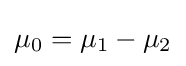
\mu _{0}=\mu _{1}-\mu _{2}